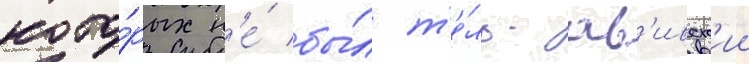
кото́рых н'е́ бы́л т'е́ль-ав'ивск'ии